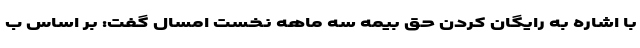
با اشاره به رایگان کردن حق بیمه سه ماهه نخست امسال گفت: بر اساس ب